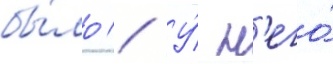
бы́ло // У́ н'его́